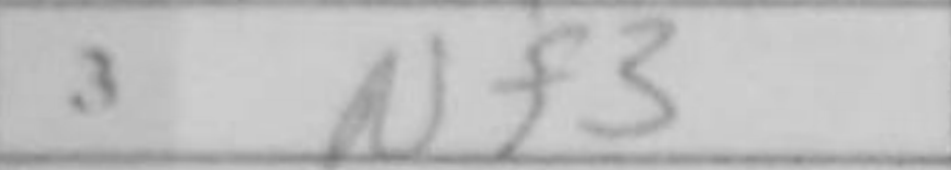
Transcription: Nf3